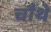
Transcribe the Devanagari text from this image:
चाैथे